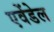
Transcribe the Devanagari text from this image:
एवेंडेल